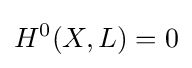
H^{0}(X,L)=0